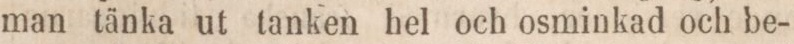
man tänka ut tanken hel och osminkad och be-